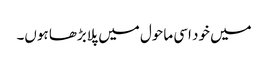
میں خود اسی ماحول میں پلابڑھا ہوں۔